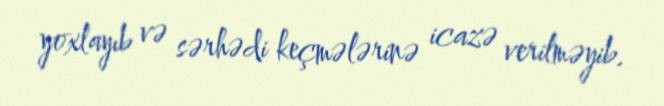
yoxlayıb və sərhədi keçmələrinə icazə verilməyib.